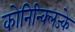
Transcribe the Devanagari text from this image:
कोनिन्क्लिज्के